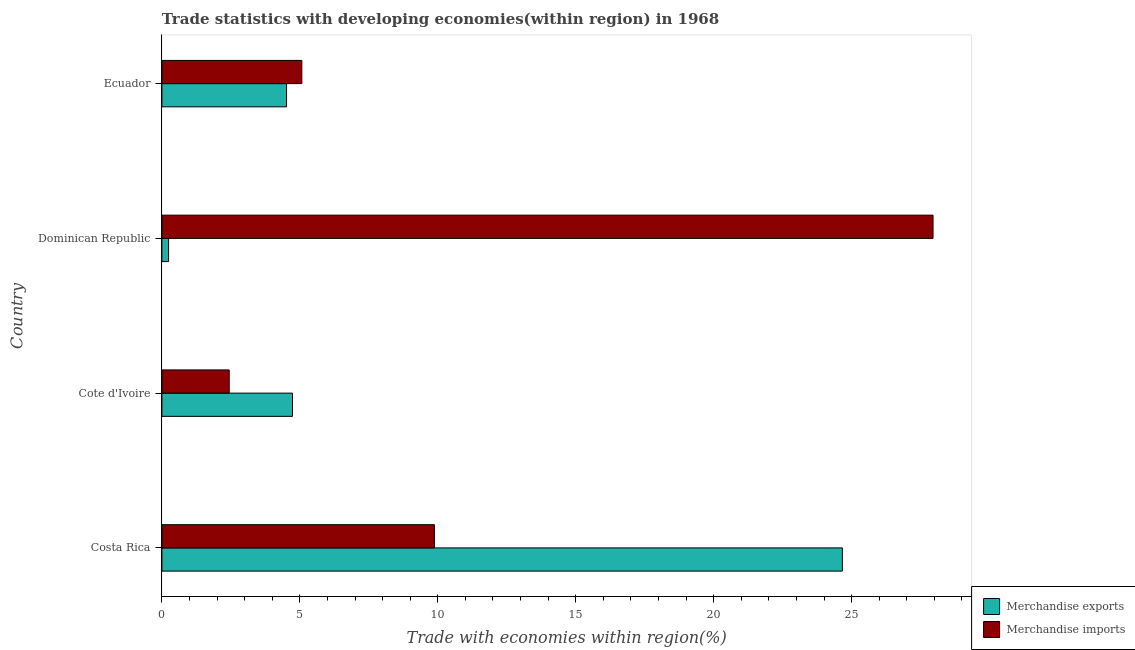
| Country | Merchandise exports | Merchandise imports |
 | --- | --- | --- |
 | Costa Rica | 24.7 | 9.88 |
 | Cote d'Ivoire | 4.73 | 2.44 |
 | Dominican Republic | 0.243 | 28 |
 | Ecuador | 4.52 | 5.07 |